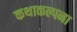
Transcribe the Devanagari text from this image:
कथाकल्पना